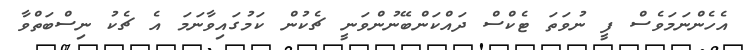
އެހެންނަމަވެސް ފީ ނުވަތަ ޓެކްސް ދައްކަންބޭނުންވަނީ ޗެކުން ކަމުގައިވާނަމަ އެ ޗެކު ނިސްބަތްވާ